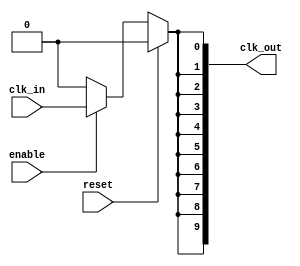
module high_fanout_clock_buffer #(
    parameter N = 10 // Number of outputs, can be adjusted as needed
)(
    input wire clk_in,       // Input clock signal
    input wire enable,       // Enable signal for clock distribution
    input wire reset,        // Reset signal
    output wire [N-1:0] clk_out // Output clock signals
);

    // Internal signal to hold the buffered clock
    wire buffered_clk;

    // Buffering the clock signal with a simple delay
    // This can be replaced with a more complex buffer implementation if needed
    assign buffered_clk = (reset) ? 1'b0 : (enable ? clk_in : 1'b0);

    // Drive multiple outputs with the buffered clock
    genvar i;
    generate
        for (i = 0; i < N; i = i + 1) begin: clk_output
            assign clk_out[i] = buffered_clk;
        end
    endgenerate

endmodule